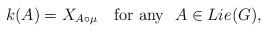
LaTeX: \begin{align*}k(A) = X_{A \circ \mu} \quad \mbox{for any~~} A \in Lie(G),\end{align*}